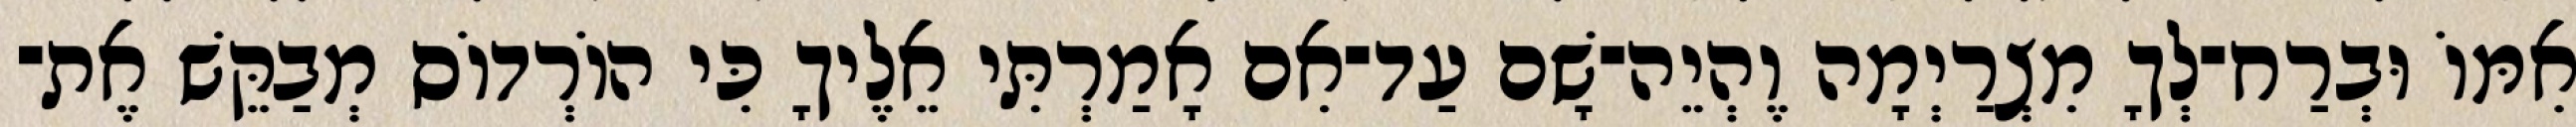
אִמּוֹ וּבְרַח־לְךָ מִצְרַיְמָה וֶהְיֵה־שָׁם עַד־אִם אָמַרְתִּי אֵלֶיךָ כִּי הוֹרְדוֹס מְבַקֵּשׁ אֶת־